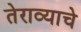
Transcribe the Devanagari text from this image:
तेराव्याचे